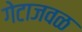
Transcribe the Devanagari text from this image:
गेटाजवळ